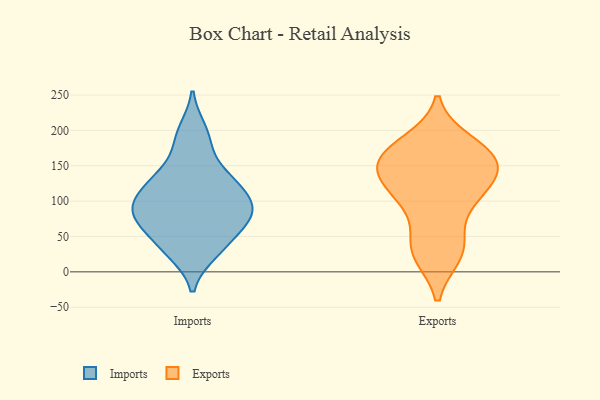
{"axis": {"x": "Backlog", "y": "Value"}, "legend": ["Exports", "Imports"], "data": [{"x": "", "y": 85, "type": "Imports"}, {"x": "", "y": 27, "type": "Imports"}, {"x": "", "y": 84, "type": "Imports"}, {"x": "", "y": 48, "type": "Imports"}, {"x": "", "y": 31, "type": "Imports"}, {"x": "", "y": 200, "type": "Imports"}, {"x": "", "y": 79, "type": "Imports"}, {"x": "", "y": 66, "type": "Imports"}, {"x": "", "y": 137, "type": "Imports"}, {"x": "", "y": 180, "type": "Imports"}, {"x": "", "y": 127, "type": "Imports"}, {"x": "", "y": 84, "type": "Imports"}, {"x": "", "y": 130, "type": "Imports"}, {"x": "", "y": 99, "type": "Imports"}, {"x": "", "y": 110, "type": "Imports"}, {"x": "", "y": 147, "type": "Exports"}, {"x": "", "y": 177, "type": "Exports"}, {"x": "", "y": 47, "type": "Exports"}, {"x": "", "y": 98, "type": "Exports"}, {"x": "", "y": 28, "type": "Exports"}, {"x": "", "y": 169, "type": "Exports"}, {"x": "", "y": 114, "type": "Exports"}, {"x": "", "y": 164, "type": "Exports"}, {"x": "", "y": 152, "type": "Exports"}, {"x": "", "y": 183, "type": "Exports"}, {"x": "", "y": 111, "type": "Exports"}, {"x": "", "y": 25, "type": "Exports"}, {"x": "", "y": 143, "type": "Exports"}, {"x": "", "y": 138, "type": "Exports"}, {"x": "", "y": 29, "type": "Exports"}, {"x": "", "y": 157, "type": "Exports"}, {"x": "", "y": 104, "type": "Exports"}]}